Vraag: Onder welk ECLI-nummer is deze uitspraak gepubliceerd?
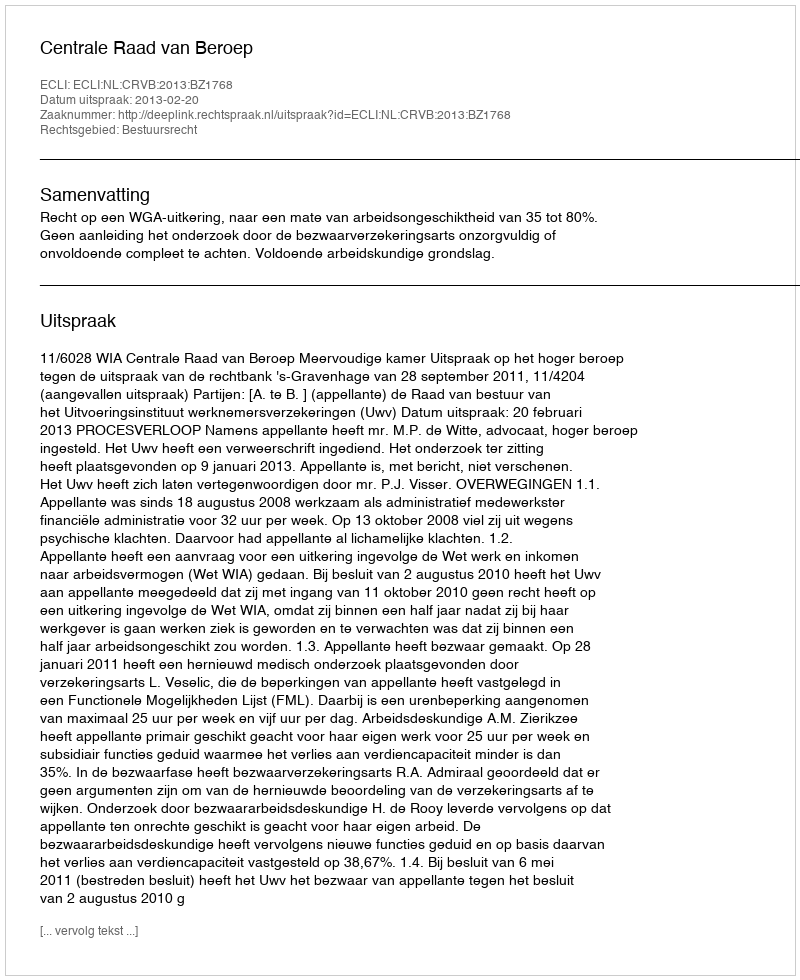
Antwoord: ECLI:NL:CRVB:2013:BZ1768